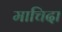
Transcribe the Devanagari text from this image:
माचिदा